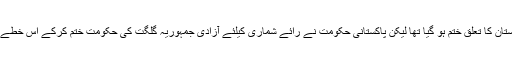
لہٰذا ریاست جموں کشمیر سے گلگت بلتستان کا تعلق ختم ہو گیا تھا لیکن پاکستانی حکومت نے رائے شماری کیلئے آزادی جمہوریہ گلگت کی حکومت ختم کرکے اس خطے کو متنازعہ کشمیر کیساتھ نتھی کر دیا۔